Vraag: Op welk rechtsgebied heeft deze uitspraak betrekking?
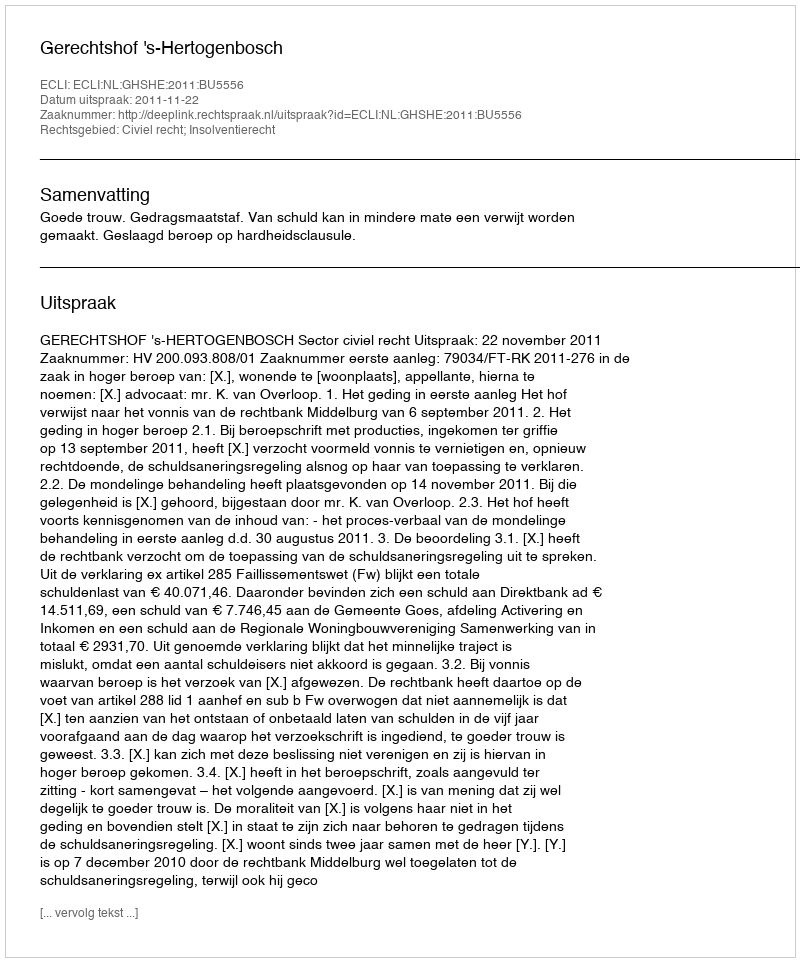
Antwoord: Civiel recht; Insolventierecht